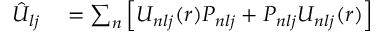
\begin{array} { r l } { \hat { U } _ { l j } } & { { } = \sum _ { n } \left[ U _ { n l j } ( r ) P _ { n l j } + P _ { n l j } U _ { n l j } ( r ) \right] } \end{array}